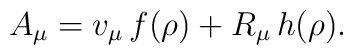
A_\mu =v_\mu\,f(\rho)+R_\mu\,h(\rho).